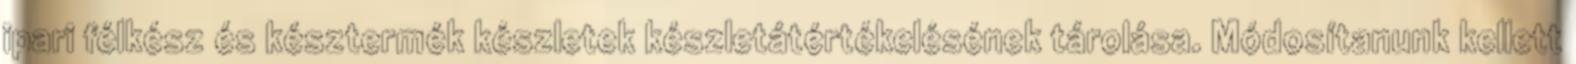
ipari félkész és késztermék készletek készletátértékelésének tárolása. Módosítanunk kellett